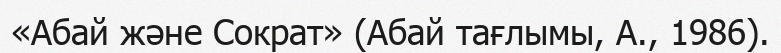
«Абай және Сократ» (Абай тағлымы, А., 1986).